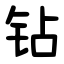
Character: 钻